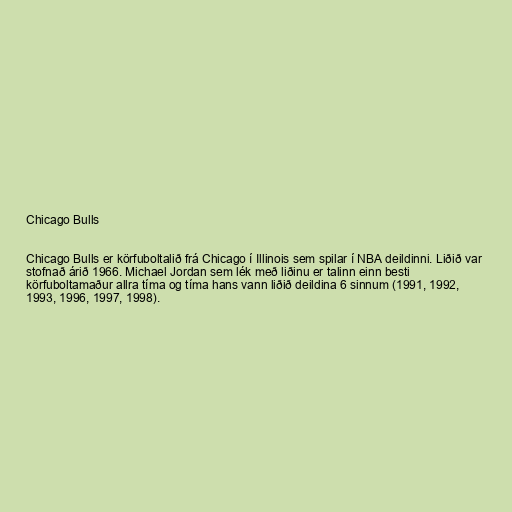
Chicago Bulls

Chicago Bulls er körfuboltalið frá Chicago í Illinois sem spilar í NBA deildinni. Liðið var
stofnað árið 1966. Michael Jordan sem lék með liðinu er talinn einn besti
körfuboltamaður allra tíma og tíma hans vann liðið deildina 6 sinnum (1991, 1992,
1993, 1996, 1997, 1998).